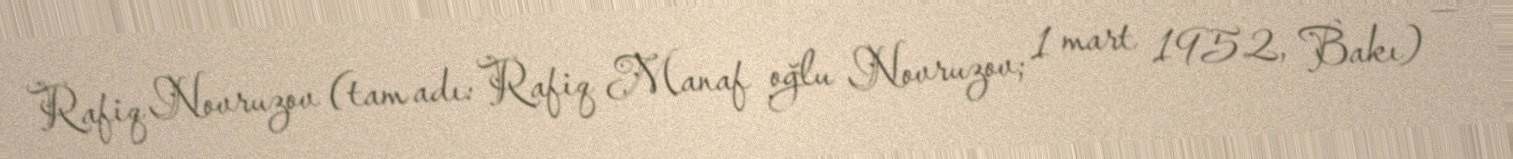
Rafiq Novruzov (tam adı: Rafiq Manaf oğlu Novruzov; 1 mart 1952, Bakı) —